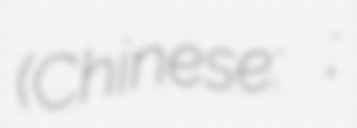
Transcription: (Chinese: 牛王庙;